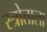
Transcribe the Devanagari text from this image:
स्त्रोताला